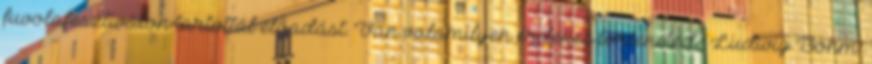
fuvolafesztiválon tartottál előadást. Van valamilyen érdekes történeted? Ludwig Böhm: